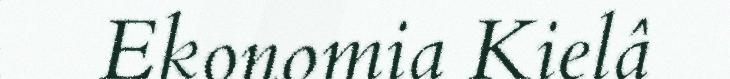
Ekonomia Kielâ